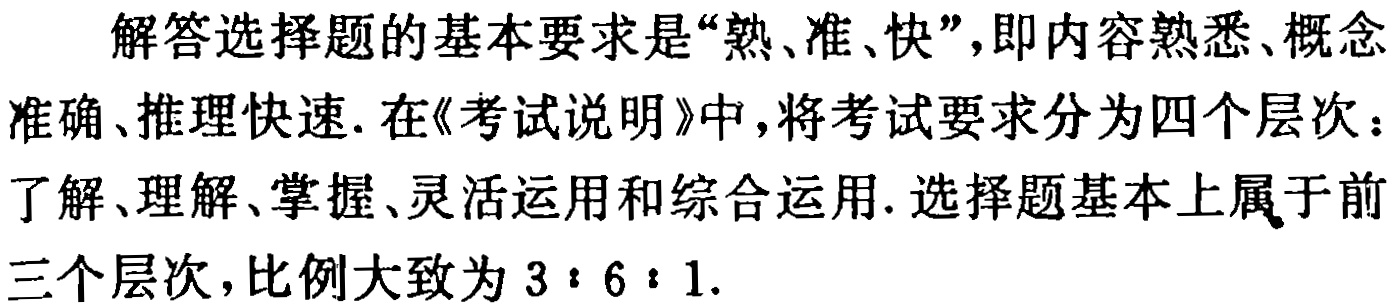
解答选择题的基本要求是“熟、准、快”，即内容熟悉、概念准确、推理快速. 在《考试说明》中，将考试要求分为四个层次：了解、理解、掌握、灵活运用和综合运用. 选择题基本上属于前三个层次，比例大致为 \(3:6:1\).